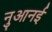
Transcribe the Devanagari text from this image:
नुआनई